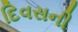
દિવસની